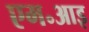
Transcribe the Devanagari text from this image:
एम॰आइ